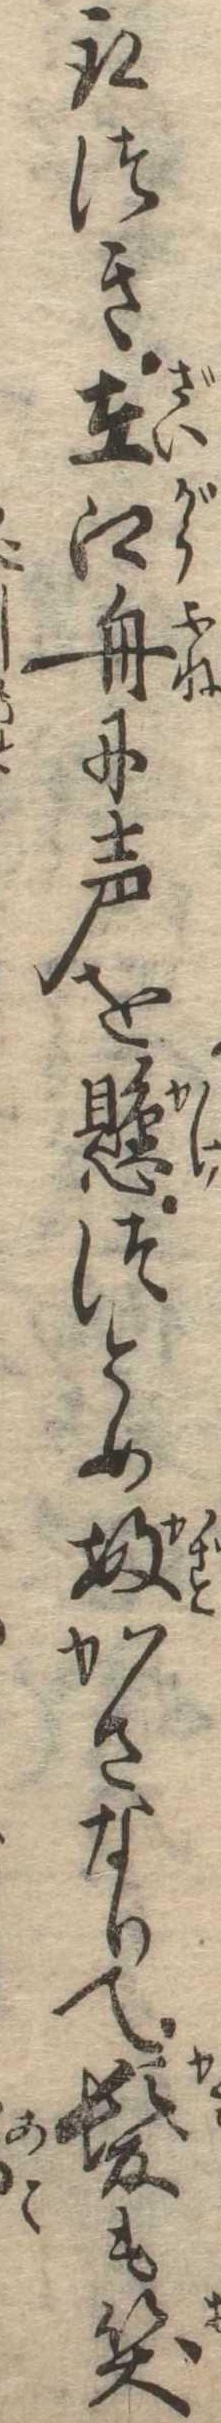
取つき在郷舟に声を懸つとめ数かさなりて髪も笑